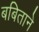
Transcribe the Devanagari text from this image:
बबिताने